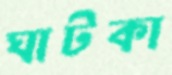
ঘাটকা